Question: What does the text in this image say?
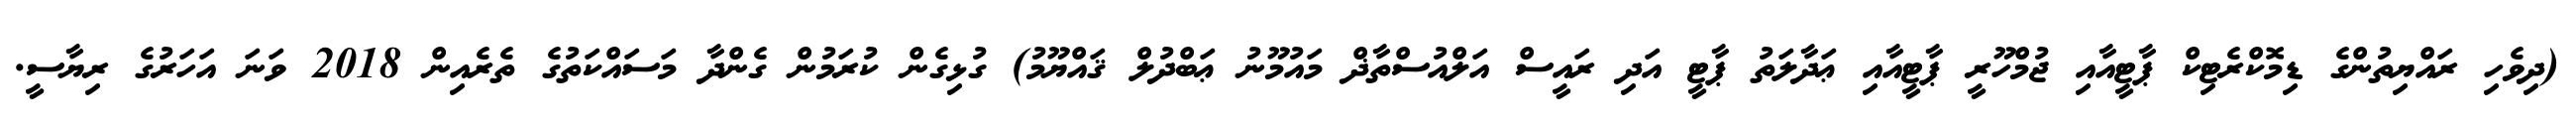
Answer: (ދިވެހި ރައްޔިތުންގެ ޑިމޮކްރެޓިކް ޕާޓީއާއި ޖުމްހޫރީ ޕާޓީއާއި ޢަދާލަތު ޕާޓީ އަދި ރައީސް އަލްއުސްތާޛް މައުމޫނު ޢަބްދުލް ޤައްޔޫމު) ގުޅިގެން ކުރަމުން ގެންދާ މަސައްކަތުގެ ތެރެއިން 2018 ވަނަ އަހަރުގެ ރިޔާސީ.